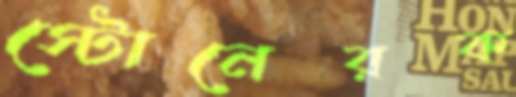
স্টোনেরক